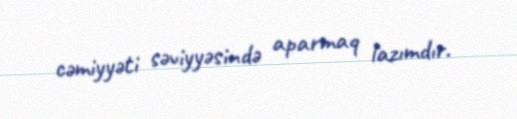
cəmiyyəti səviyyəsində aparmaq lazımdır.